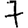
Digit: 7